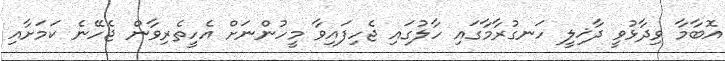
އޮބާމާ ވިދާޅުވީ ދާޚިލީ ހަނގުރާމާގައި ހާލުގައި ޖެހިފައިވާ މީހުންނަށް އެހީތެރިވާން ޖެހޭނެ ކަމަށާއި